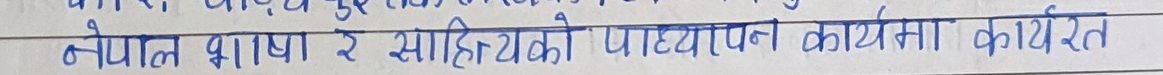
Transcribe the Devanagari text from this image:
नेपाल भाषा र साहित्यको पाठ्यक्रम कार्यमा कार्यरत